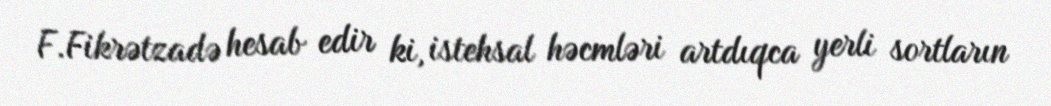
F.Fikrətzadə hesab edir ki, istehsal həcmləri artdıqca yerli sortların